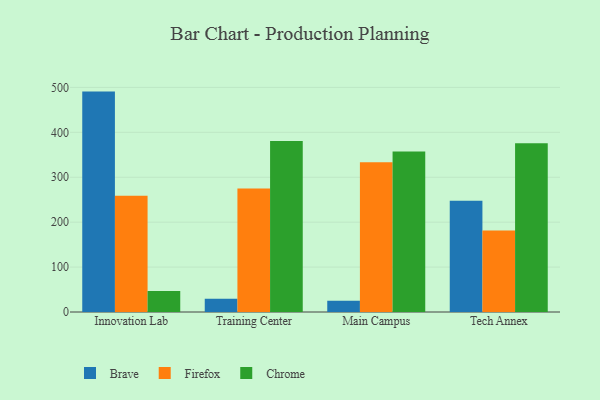
{"axis": {"x": "Campus", "y": "Active Users"}, "legend": ["Brave", "Chrome", "Firefox"], "data": [{"x": "Innovation Lab", "y": 490.7, "type": "Brave"}, {"x": "Innovation Lab", "y": 258.7, "type": "Firefox"}, {"x": "Innovation Lab", "y": 46.7, "type": "Chrome"}, {"x": "Training Center", "y": 29.6, "type": "Brave"}, {"x": "Training Center", "y": 275.0, "type": "Firefox"}, {"x": "Training Center", "y": 380.6, "type": "Chrome"}, {"x": "Main Campus", "y": 25.2, "type": "Brave"}, {"x": "Main Campus", "y": 333.3, "type": "Firefox"}, {"x": "Main Campus", "y": 357.1, "type": "Chrome"}, {"x": "Tech Annex", "y": 247.5, "type": "Brave"}, {"x": "Tech Annex", "y": 181.5, "type": "Firefox"}, {"x": "Tech Annex", "y": 375.5, "type": "Chrome"}]}